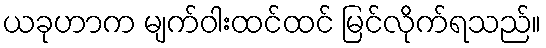
ယခုဟာက မျက်ဝါးထင်ထင် မြင်လိုက်ရသည်။